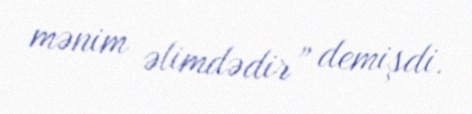
mənim əlimdədir” demişdi.